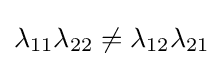
\lambda _{11}\lambda _{22}\neq \lambda _{12}\lambda _{21}